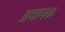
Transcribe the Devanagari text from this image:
अद्यापक